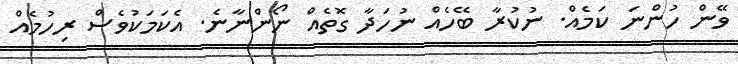
ވޭން ހުންނަ ކަމެއް. ނުކުރާ ބޭހެއް ނުހަދާ ގޮތެއް ނޯންނާނެ. އެކަމަކުވެސް ރިހުމެއް